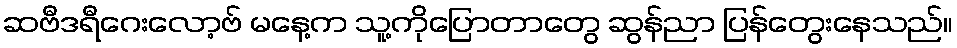
ဆဗီဒရီဂေးလော့ဗ် မနေ့က သူ့ကိုပြောတာတွေ ဆွန်ညာ ပြန်တွေးနေသည်။